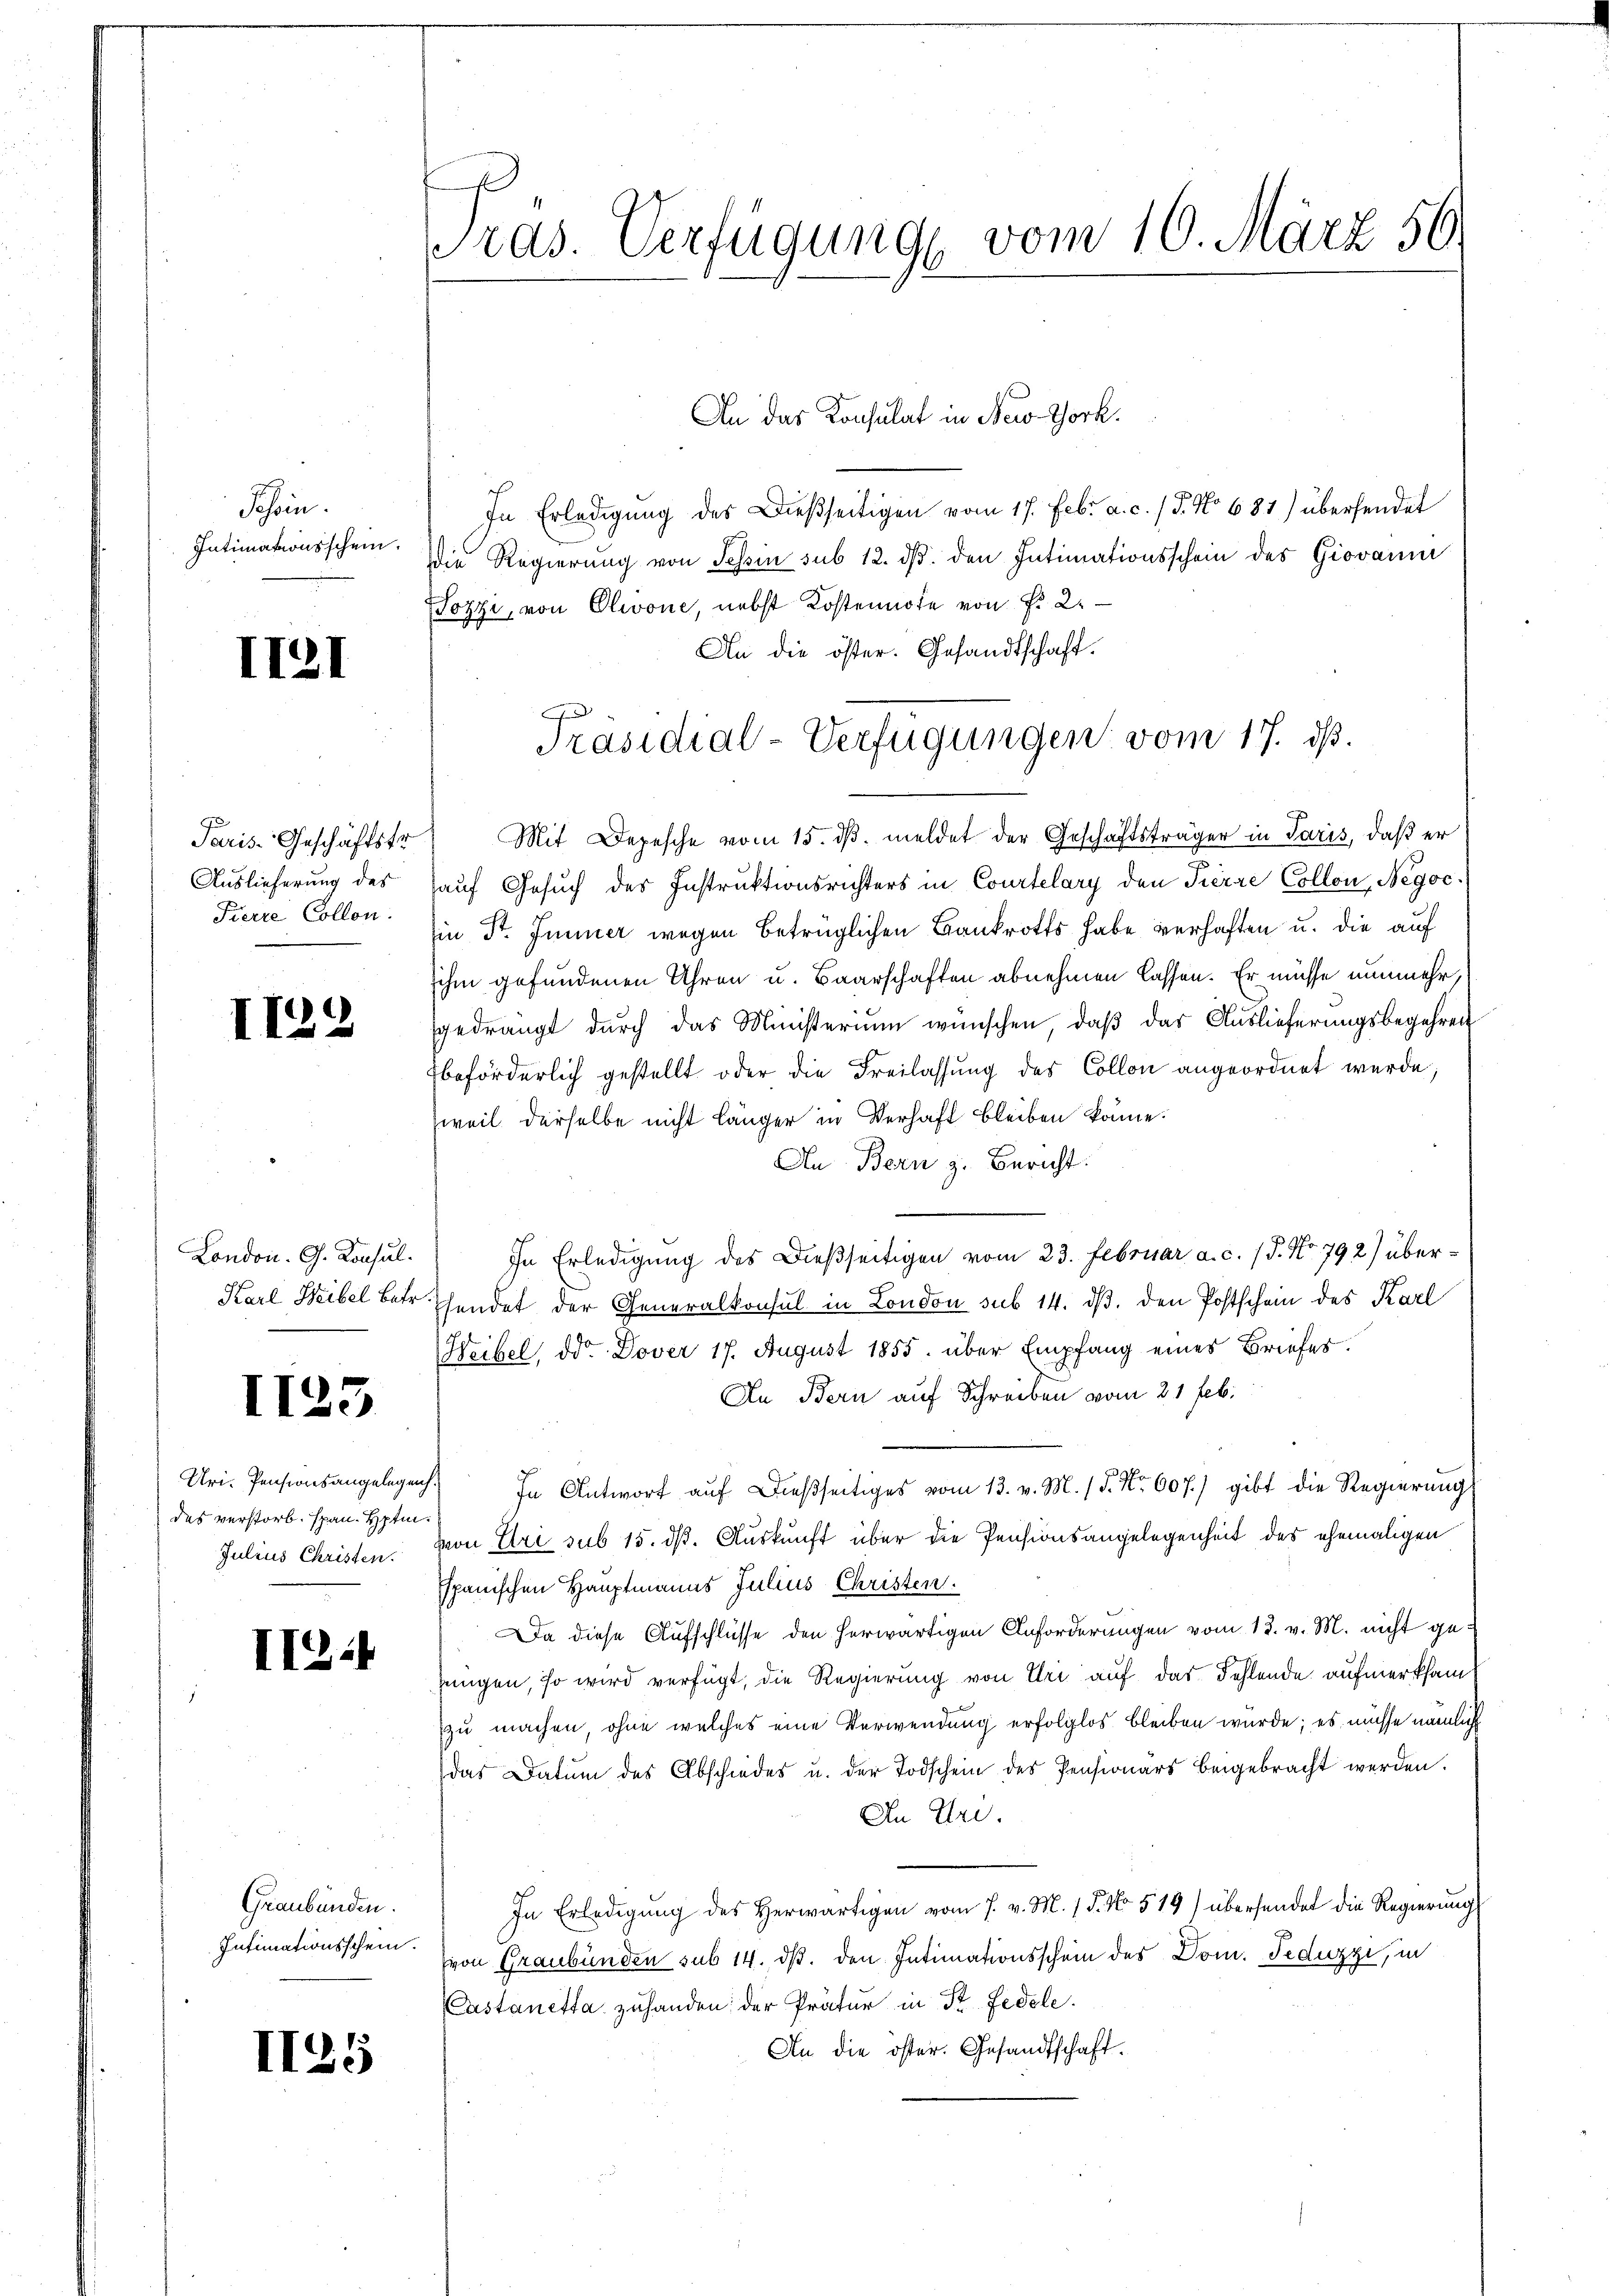
Schein.
Intimationsschein.

II2I

Paris-Geschäftstr
Auslieferung des
Pierre Collen.

II2

London. G. Konsul¬
Karl Weibel betr

1123

des verstorb. Span. Hptin¬
Julius Christen.

II:

Graubünden.
Intimationsschein.

II25

ras. Verfügung vom 10. März 56.

In Erledigung des Dießseitigen vom 17. Febr. a. c. (T. No 681) übersendet
die Regierung von Schin sub 12. dβ. den Intimationsschein des Giovani
Sozzi, von Olivone, nebst Kostennote von Fr. 2.
An die öster. Gesandtschaft.
Mit Depesche vom 15. ds. meldet der Geschäftsträger in Paris, daß er
hauf Gesuch des Instruktionsrichters in Courtelary den Tierre Collon, Negoc
Ein St. Immer wegen betrüglichen Bankrotts habe verhaften u. die auf
sihm gefundenen Uhren u. Baarschaften abnehmen lassen. Er müsse nunmehr,
gedrängt durch das Ministerium wünschen, daß das Auslieferungsbegehren
beförderlich gestellt oder die Freilassung des Collon angeordnet werde,
zweit derselbe nicht länger in Verhaft bleiben könne.
An Bern z. Bericht:
In Erledigung des Dießseitigen vom 23. Februar a. c. (T. No. 792) überhendet der Generalkonsul in London sub 14. dβ. den Postschein des Karl
Weibel, dd. Dover 17. August 1855. über Empfang eines Briefes.
An Bern auf Schreiben vom 21 Feb.
Uri. Pensionsangelegen. In Antwort aŭf dießseitiges vom 13. v. M. 15. No. 607.) gibt die Regierŭng
von Uri sub 15. ds. Auskunft über die Pensionsangelegenheit des ehemaligen
spanischen Hauptmanns Julius Christen.
Da diese Aufschlüsse den herwärtigen Anforderungen vom 13. v. M. nicht ge-
zengen, so wird verfügt, die Regierung von Uri auf das Fehlende aufmerksam
zu machen, ohne welches eine Verwendung erfolglos bleiben wurde; es müsse nämlich
das Datum des Abschiedes u. der Todschein des Pensionärs beigebracht werden.
An Uri.
In Erledigŭng des herwärtigen vom 7. v. M. 18. No 519) übersendet die Regierung
von Graubünden sub 14. ds. den Intimationsschein des Dom. Feduzzi, in
Castanetta zuhanden der Prätur in St. Fedele.
An die öster. Gesandtschaft.

An das Konsulat in New-York¬

Präsidial-Verfügungen vom 17. ds.